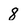
Character: 8